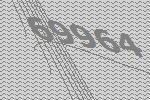
69964